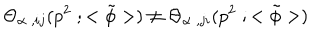
{ \Theta } _ { { \alpha } \; , i j } ( p ^ { 2 } \; ; < { \tilde { \phi } } > ) \neq { \Theta } _ { { \alpha } \; , j i } ( p ^ { 2 } \; ; < { \tilde { \phi } } > )